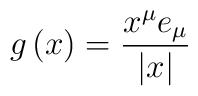
g\left( x\right) =\frac{x^{\mu }e_{\mu }}{\left| x\right| }